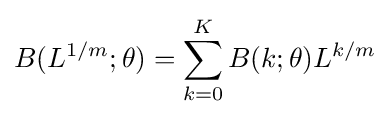
B(L^{1/m};\theta )=\sum _{k=0}^{K}B(k;\theta )L^{k/m}